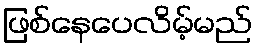
ဖြစ်နေပေလိမ့်မည်